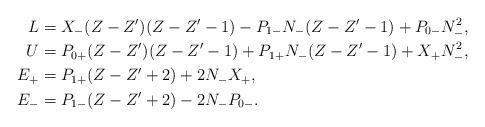
LaTeX: \begin{align*}L &= X_{-}(Z-Z')(Z-Z'-1) - P_{1-}N_-(Z-Z'-1) + P_{0-}N_-^2,\\U &= P_{0+}(Z-Z')(Z-Z'-1)+P_{1+}N_-(Z-Z'-1)+X_+N_-^2,\\E_{+} &= P_{1+}(Z-Z'+2)+2N_-X_+,\\E_{-} &= P_{1-}(Z-Z'+2)-2N_-P_{0-}.\end{align*}